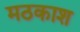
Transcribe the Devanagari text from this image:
मठकाश